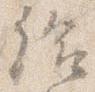
給